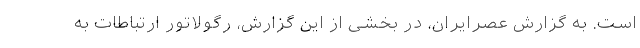
است. به گزارش عصرایران، در بخشی از این گزارش، رگولاتور ارتباطات به